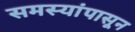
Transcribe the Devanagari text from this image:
समस्यांपासून